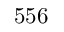
5 5 6